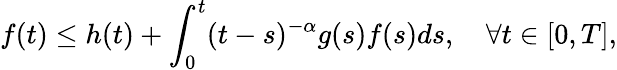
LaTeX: f(t)\leq h(t)+\int_{0}^{t}(t-s)^{-\alpha}g(s)f(s)ds,\quad\forall t\in[0,T],